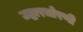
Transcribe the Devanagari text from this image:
उद्धारधोरणी